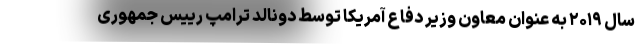
سال ۲۰۱۹ به عنوان معاون وزیر دفاع آمریکا توسط دونالد ترامپ رییس جمهوری